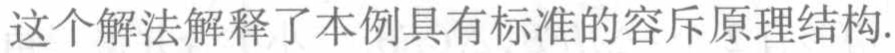
这个解法解释了本例具有标准的容斥原理结构.